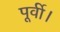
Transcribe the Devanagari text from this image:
पूर्वी।